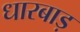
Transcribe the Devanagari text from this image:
धारबाड़